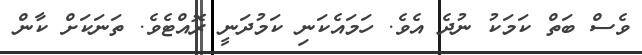
ވެސް ބަތް ކަމަކު ނުދެ އެވެ. ހަމައެކަނި ކަމުދަނީ ރޮއްޓެވެ. ތަނަކަށް ކާން